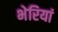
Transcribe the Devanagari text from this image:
भेरियां